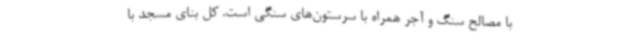
با مصالح سنگ و آجر همراه با سرستون‌های سنگی است. کل بنای مسجد با